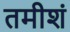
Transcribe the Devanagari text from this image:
तमीशं